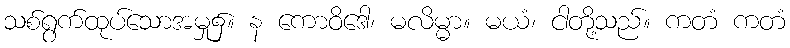
သစ်ရွက်ထုပ်သောအမှု၌။ န ကောဝိဒေါ၊ မလိမ္မာ။ မယံ၊ ငါတို့သည်။ ကတံ ကတံ